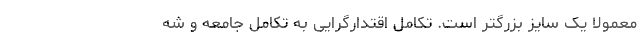
معمولاً یک سایز بزرگتر است. تکامل اقتدارگرایی به تکامل جامعه و شه